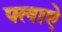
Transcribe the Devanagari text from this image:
फ्लाऐ